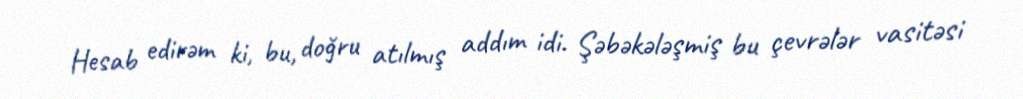
Hesab edirəm ki, bu, doğru atılmış addım idi. Şəbəkələşmiş bu çevrələr vasitəsi